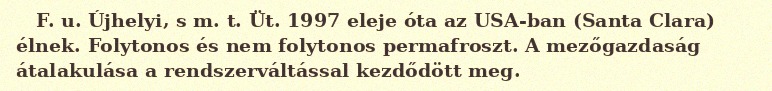
F. u. Újhelyi, s m. t. Üt. 1997 eleje óta az USA-ban (Santa Clara) élnek. Folytonos és nem folytonos permafroszt. A mezőgazdaság átalakulása a rendszerváltással kezdődött meg.